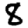
Digit: 8